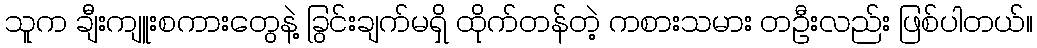
သူက ချီးကျူးစကားတွေနဲ့ ခြွင်းချက်မရှိ ထိုက်တန်တဲ့ ကစားသမား တဦးလည်း ဖြစ်ပါတယ်။